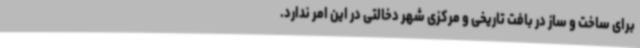
برای ساخت و ساز در بافت تاریخی و مرکزی شهر دخالتی در این امر ندارد.